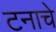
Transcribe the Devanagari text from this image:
टनाचे